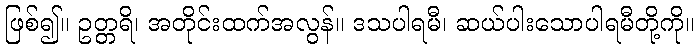
ဖြစ်၍။ ဥတ္တရိ၊ အတိုင်းထက်အလွန်။ ဒသပါရမီ၊ ဆယ်ပါးသောပါရမီတို့ကို။